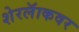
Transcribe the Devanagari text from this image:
शेरलॅाकवर